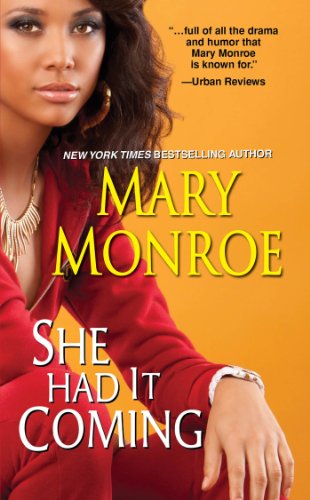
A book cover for She Had It Coming; Mary Monroe; Romance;